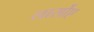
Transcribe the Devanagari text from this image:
लार्सोए